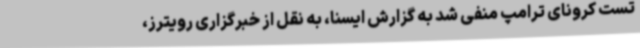
تست کرونای ترامپ منفی شد به گزارش ایسنا، به نقل از خبرگزاری رویترز،